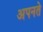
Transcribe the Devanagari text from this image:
अपनते